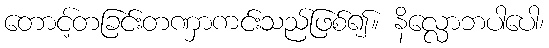
တောင့်တခြင်းတဏှာကင်းသည်ဖြစ်၍။ နိလ္လောဘပါပေါ၊